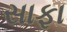
સાફા